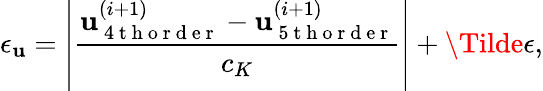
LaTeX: \epsilon_{\mathbf{u}}=\left|\frac{{\mathbf{u}_{\mathrm{{~4~t~h~o~r~d~e~r~}}}^{(i+1)}-\mathbf{u}_{\mathrm{{~5~t~h~o~r~d~e~r~}}}^{(i+1)}}}{{c_{K}}}\right|+\Tilde{\epsilon},